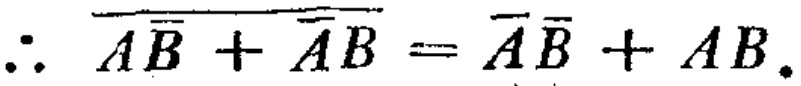
\(\therefore \overline{A\overline{B}}+\overline{\overline{A}B}=\overline{A}\overline{B}+AB.\)